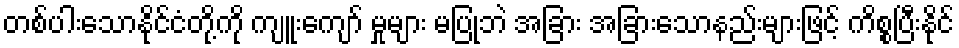
တစ်ပါးသောနိုင်ငံတို့ကို ကျူးကျော် မှုများ မပြုဘဲ အခြား အခြားသောနည်းများဖြင့် ကိစ္စပြီးနိုင်